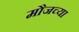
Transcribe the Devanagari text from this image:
मौजच्या